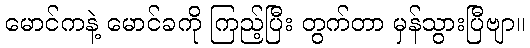
မောင်ကနဲ့ မောင်ခကို ကြည့်ပြီး တွက်တာ မှန်သွားပြီဗျာ။